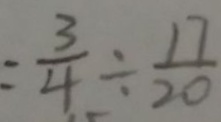
= \frac { 3 } { 4 } \div \frac { 1 7 } { 2 0 }